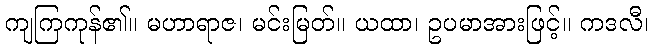
ကျကြကုန်၏။ မဟာရာဇ၊ မင်းမြတ်။ ယထာ၊ ဥပမာအားဖြင့်။ ကဒလီ၊